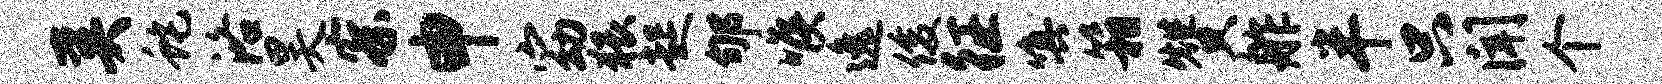
奚蛇洛昊察申窈猥起郇喉逸俊征嗔箱赞舴半只闻个